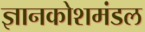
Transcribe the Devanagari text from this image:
ज्ञानकोशमंडल